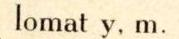
lomat y. m.